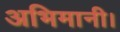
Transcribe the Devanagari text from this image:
अभिमानी।